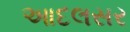
આદલસર